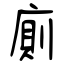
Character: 廁